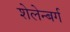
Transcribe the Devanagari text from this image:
शेलेन्बर्ग